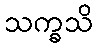
သက္ခသိ